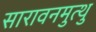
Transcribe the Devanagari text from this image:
सारावनमुत्थु